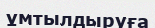
ұмтылдыруға